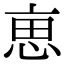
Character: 𠅤